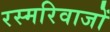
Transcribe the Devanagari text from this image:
रस्मरिवाजों